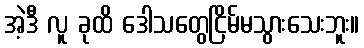
အဲ့ဒီ လူ ခုထိ ဒေါသတွေငြိမ်မသွားသေးဘူး။